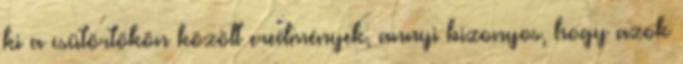
ki a csütörtökön közölt eredmények, annyi bizonyos, hogy azok